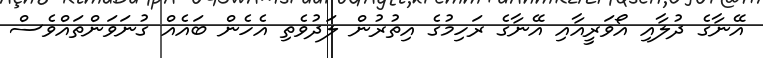
އޭނާގެ ދުލާއި އޯވަރީއާއި އޭނާގެ ރަހިމުގެ އިތުރުން ލަދުވެތި އެހެން ބައެއް ގުނަވަންތައްވެސް